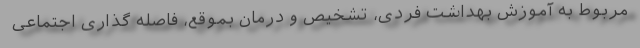
مربوط به آموزش بهداشت فردی، تشخیص و درمان بموقع، فاصله گذاری اجتماعی